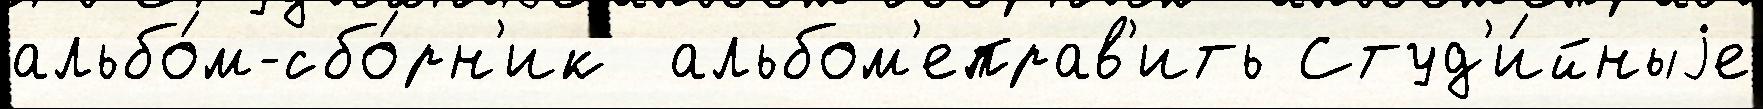
альбо́м-сбо́рн'ик  альбом'еправ'ить Студ'и́йныjе